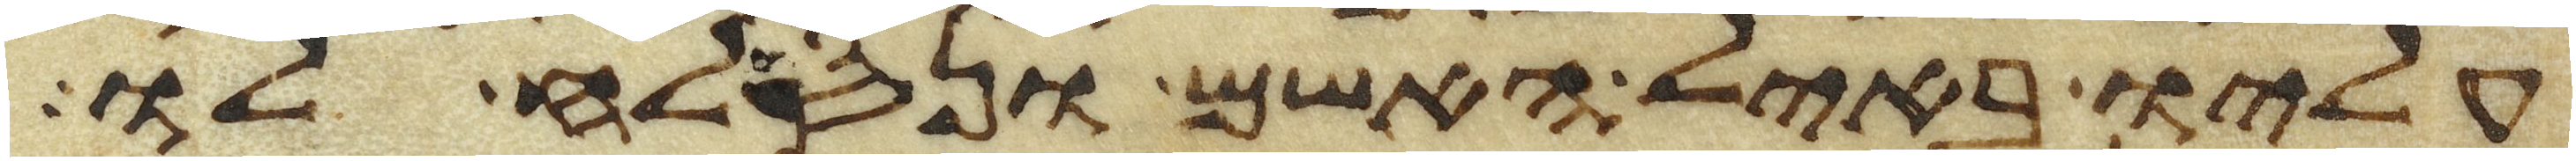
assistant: עליו באיל האשם ונסלח לו